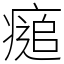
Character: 㾽